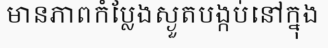
មានភាពកំប្លែងស្ងួតបង្កប់នៅក្នុង